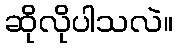
ဆိုလိုပါသလဲ။